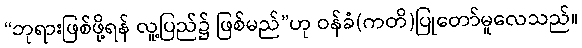
“ဘုရားဖြစ်ဖို့ရန် လူ့ပြည်၌ ဖြစ်မည်”ဟု ဝန်ခံ(ကတိ)ပြုတော်မူလေသည်။